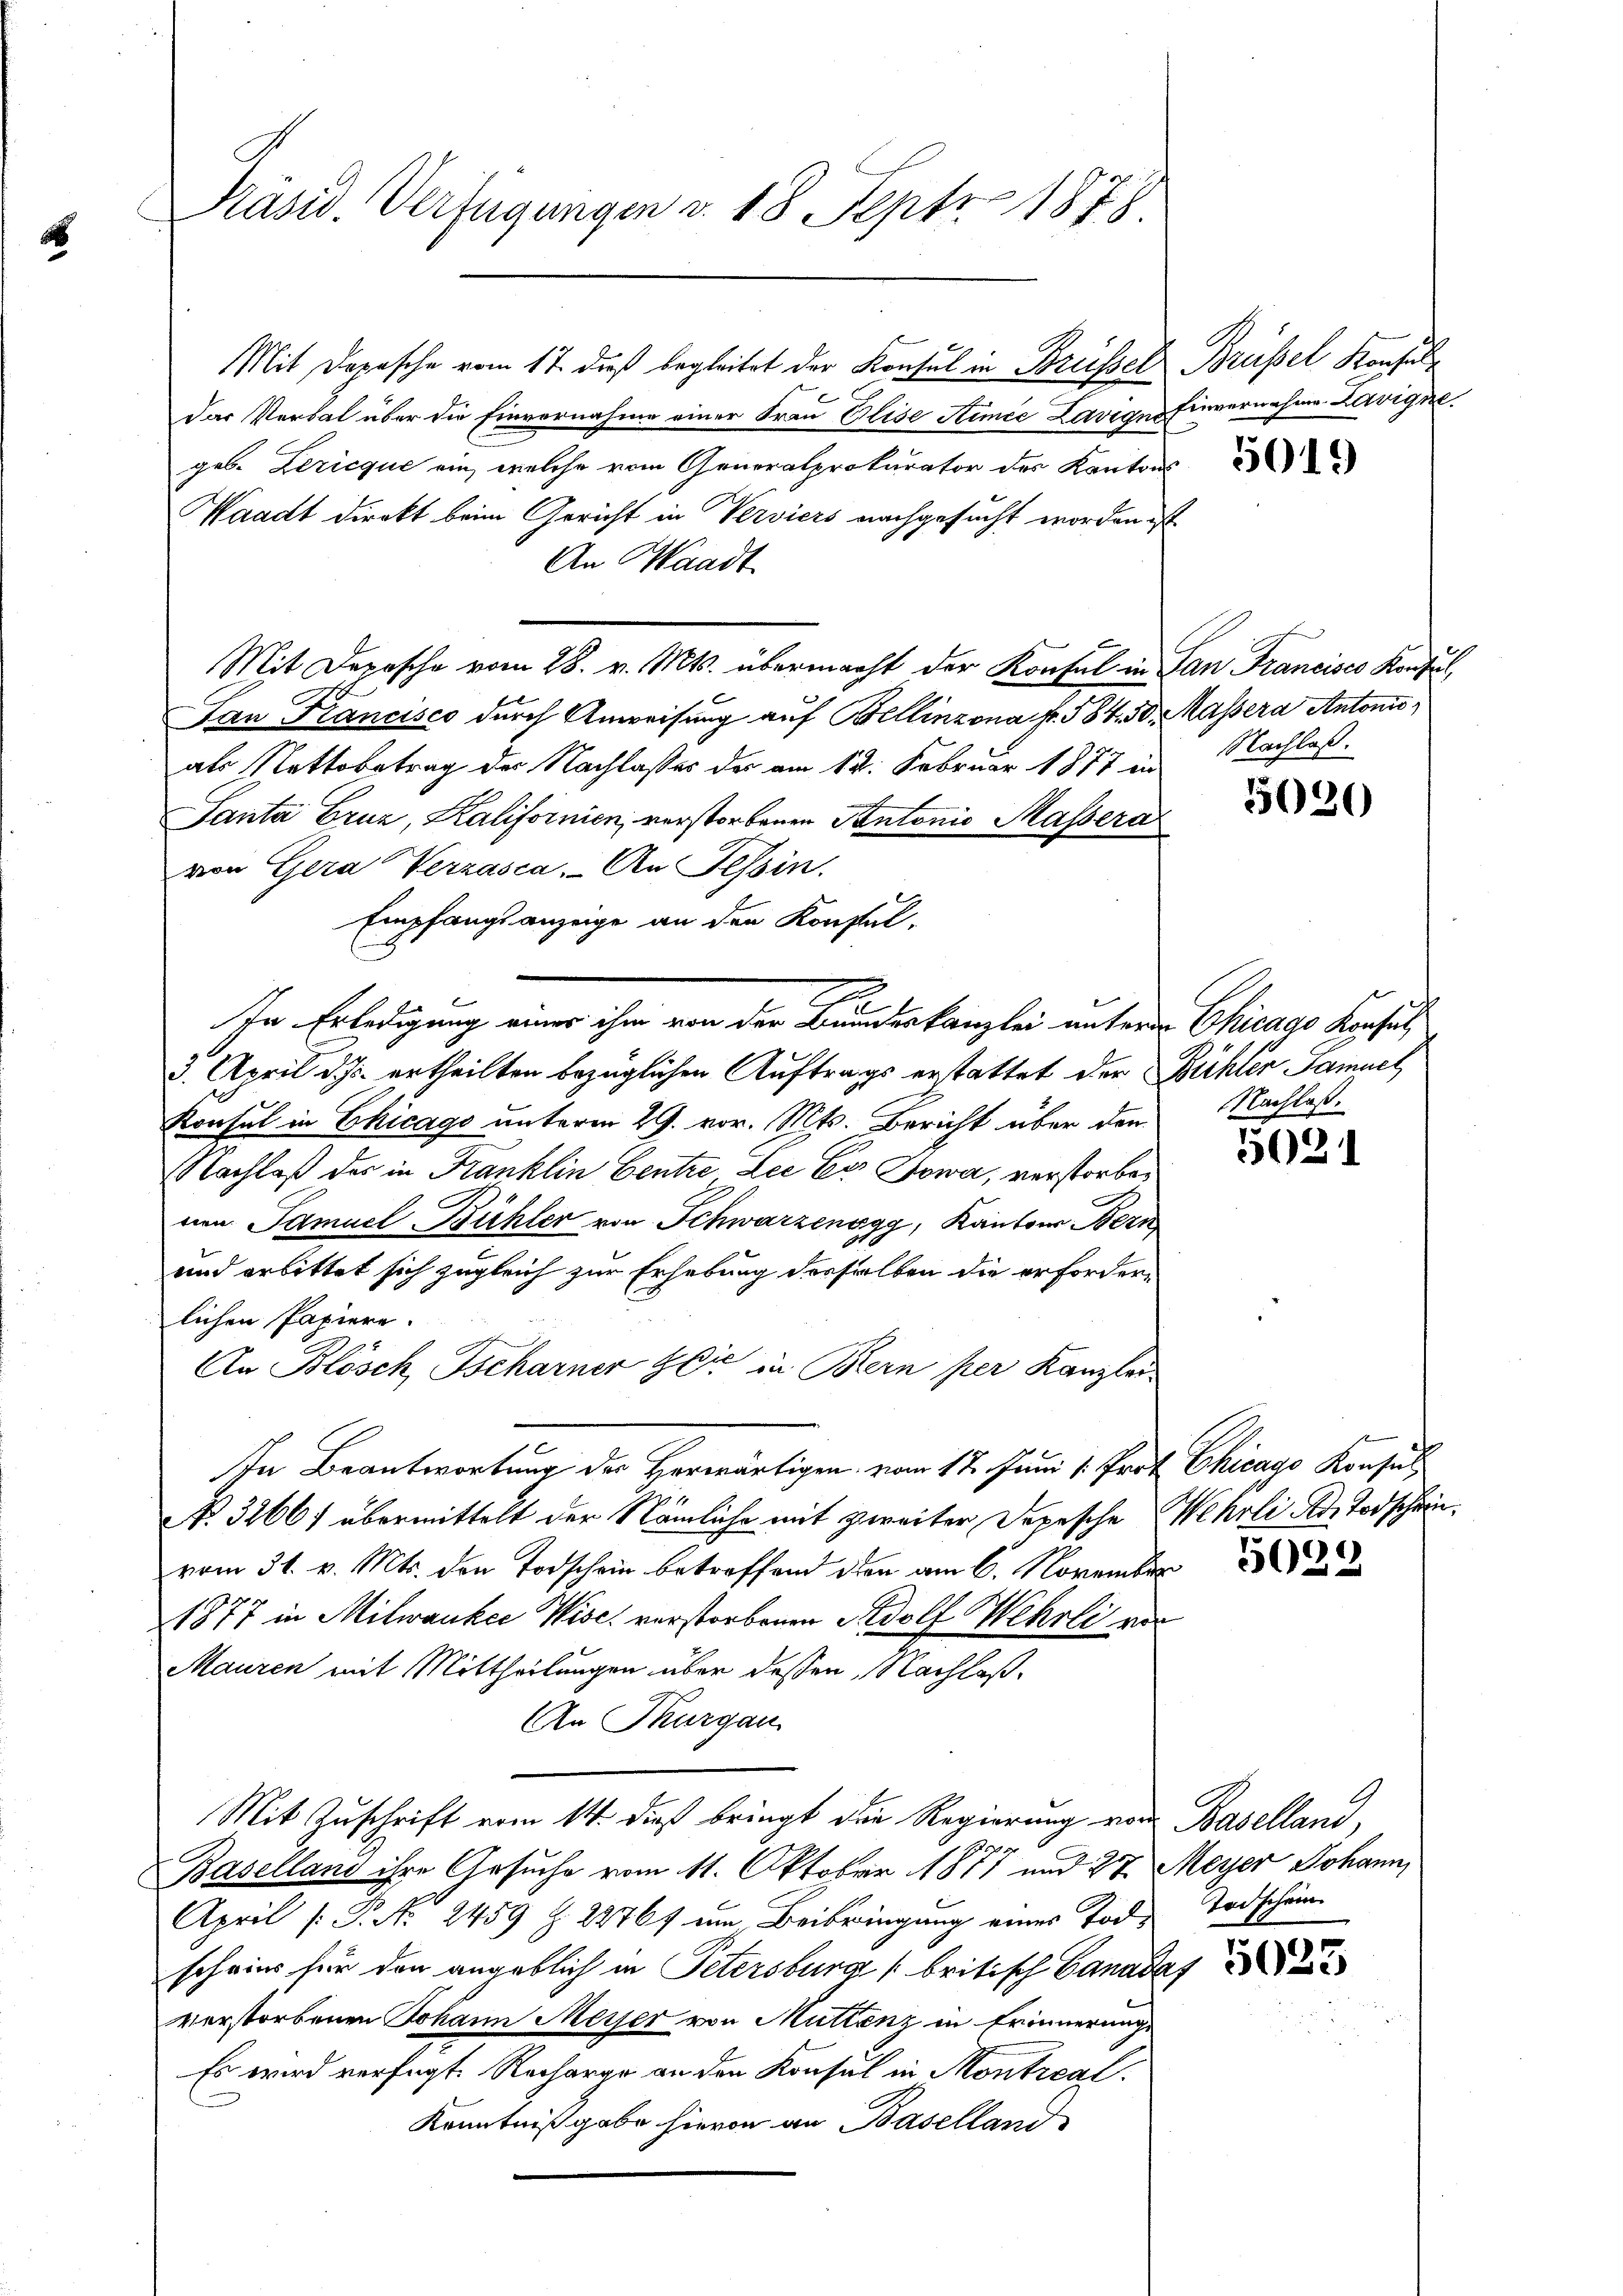
Präsid. Verfügungen v. 18. Sept. 1878

Mit Dopische vom 17. dieß begleitet der Konsul in Kreisser Brüssel Konsul

Das Verbal über die Einvernahme einer Frau Elise Hemie Lavigno Einvernahme Zavigne
geb. Bericquć ein, welche vom Generalprokurator des Kantons
Waadt direkt beim Gericht in Verviers nachgesucht worden ist
An Waadt
Mit Depesche vom 28. v. Mts. übermacht der Konsul in San Francisco Konsul¬
San Francisco durch Anweisung auf Bellinzona f. 584. 30. Massera Antonis
als Nettobetrag des Nachlasses der am 12. Februar 1877 in
Fanta Eruz, Kalifornien, verstorbenen Pantonio Massera
von Gera Verzasca. An Tessin.
Empfangsanzeige an den Konsul-
6
In Erledigung einer ihn von der Bundeskanzlei unter Chicago Basel
3. April d. Js. ertheilten bezüglichen Auftrags erstattet der Bühler Samuel
Konsul in Chicago unterm 29. vor. Mts. Bericht über den
Nachlaß der in Franklin Centre Lee Eer Jowa, verstorbenen Samuel Bühler von Schwarzensgy, Kantons Bern
und arbittet sich zugleich zur Erhebung desselben die erfordern
lichen Papiere.
An Blösch, Tscharner Zeit in Bern per Kanzlei
In Beantwortung der Herwärtigen vom 17. Juni /: Prof. Chicago Konsul
NNo. 3266) übermittelt der Nämliche mit zweiter Depesche Wehrli die Todschein.
vom 31. v. Mts. den Todschein betreffend dien am 6. November
1877 in Milwauker Wisc. verstorbenen Adolf Wehrli vor
Mauren mit Mittheilungen über dessen Nachlaß¬
An Thurgau
Mit Zuschrift vom 14. dieß bringt die Regierung von Baselland,
9
Baselland ihre Gesuche vom 11. Oktober 1811 und 27 Meyer Johann,
April [P. Nr. 2459 f. 2876/ um Beibringung eines Tod. Todschein
scheins für den angeblich in Petersburg (britisch Canadas
verstorbenen Johann Meiser von Muttenz in Erinnerunge
Es wird verfügt. Recharge an den Konsul in Montreal
Kenntnißgabe hievon an Baselland

5019

Nachlaß.

5030

Nachlaß.

5021

5029